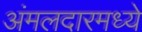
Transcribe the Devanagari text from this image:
अंमलदारमध्ये